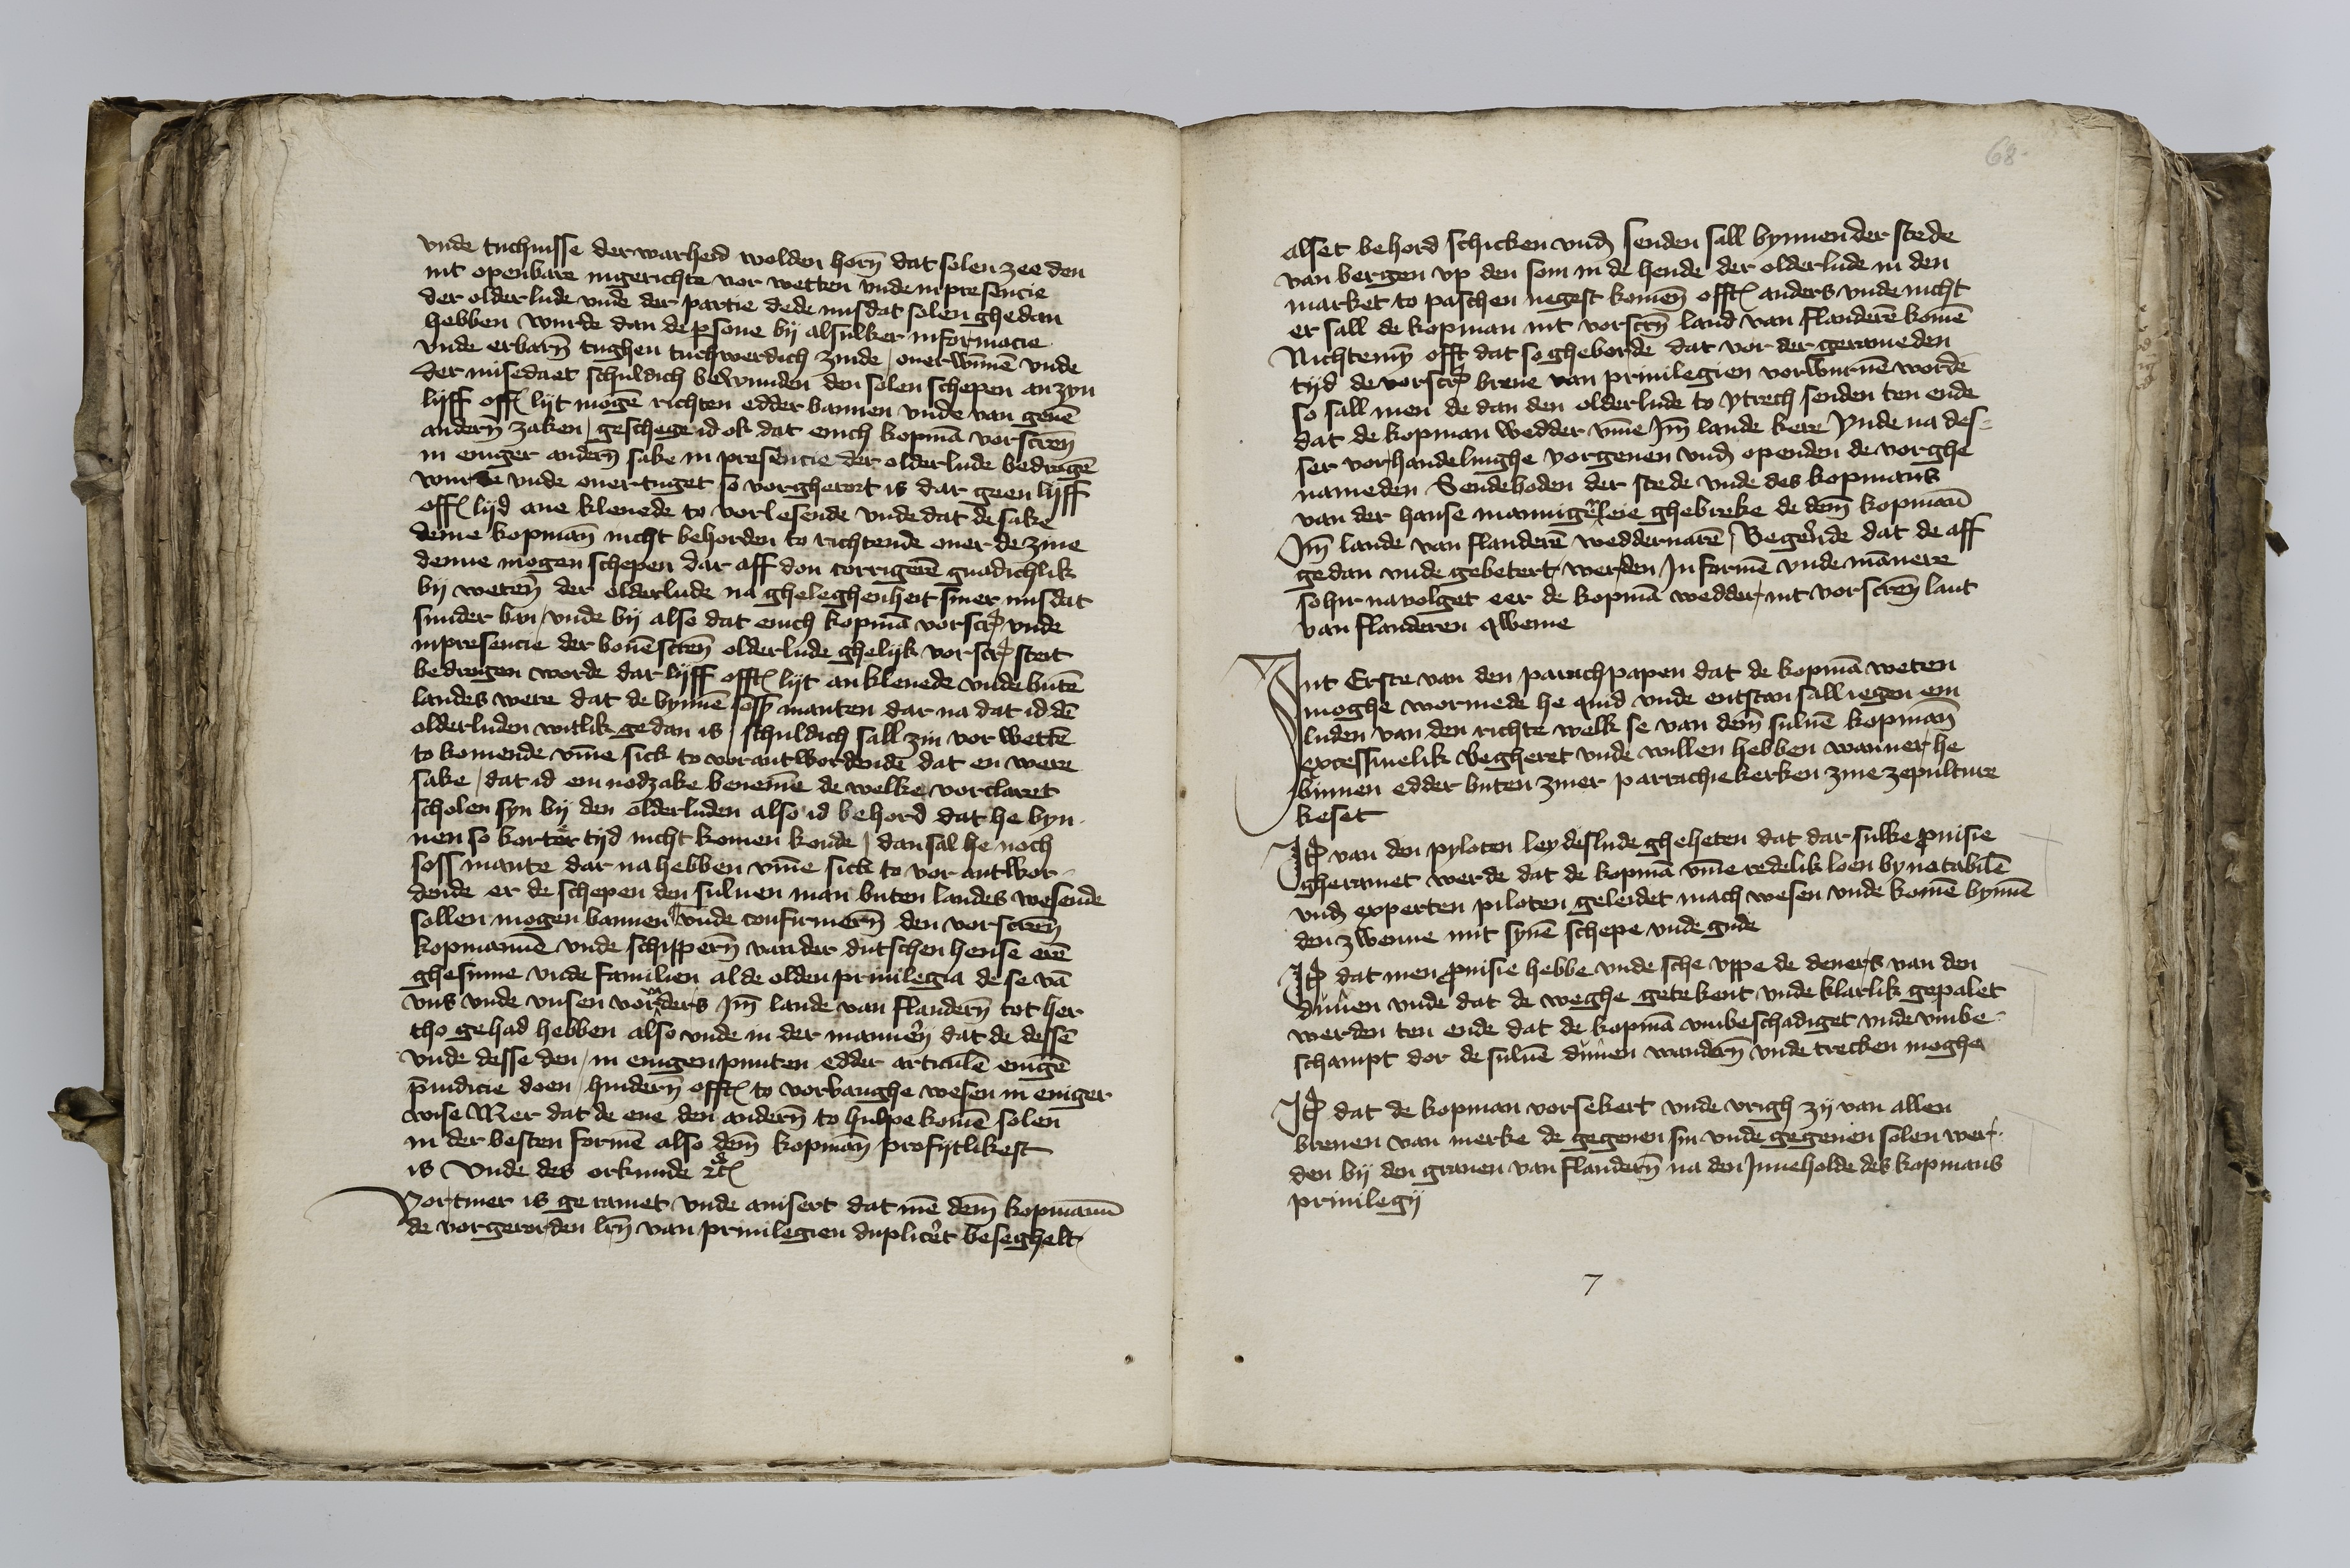
vnde tuchnisse der warheid wolden horen dat solen zee den
mit openbare ingerichte vor wetten vnde in presencie
der olderlude vnde dar partie dede ni dat solen ghedan
hebben wurde dan de persone by alsulker informacie
vnde erbaren tughen tuchwerdich zinde, ouerwunnen vnde
der misedaet schuldich bewunden den solen schepen an zyn
lyff offt lyt mogen richten edder bannen vnde van geuen
anderen zaken, geschege id ok dat enich kopman vorscreuen
in eniger anderen sake in presencie der olderlude bedragen
wurde vnde ouertuget so vorgherort is dar geen lyff
offt lyd ane kleuede to vorlesende vnde dat de sake
deme kopmann nicht behorden to richtende ouer de zine
denne mogen schepen dar aff don corrigeren gnadichlik
by weten der olderlude na gheleghenheit siner misdat
sunder van, vnde by also dat enich kopman vorscreuen vnde
in presencie der bouenscreuenen olderlude ghelyk vorscreuen steit
bedrogen worde dar lyff offtes lyt ankleuede vnde buten
landes were dat de bynnen soss manten dar na dat id den
olderluden witlik gedan is, schuldich sall zin vor wetten
to komende vmme sick to vorantwordende dat en were
sake, dat id em nodzake benemen de welke vorclaret
scholen syn by den olderluden also id behord dat he byn¬
nen so kortor tyd nicht komen konde, dan sal he noch
soss mante dar na hebben vmme sick to vor antwor¬
dende er de schepen den suluen man buten landes wesende
sollen mogen bannen || vnde confirmeren den vorscreuen
kopmannen vnde schipperen van der dutschen hense eren
ghesinne vnde familien alde olden priuilegia de se van
vns vnde vnsen vorvaders Jmm lande van Flanderen tot her
tho gehad hebben also vnde in der mannerey dat de dessen
vnde desse den, in enigen punten edder articulen enigen
preiudicie doen, hindern offtes to vorbanghe wesen in eniger
wise Mer dat de ene den anderen to hulpe kommen solen
in der besten formen also deme kopmanne profytlikest
is vnde des orkunde etcetera.

Vortmer is geramet vnde auisert dat men deme kopmanne
de vorgerorden letteren van priuilegien dupliceret beseghelt

68

alset behord schicken vnd senden sall bynnen der stede
van Bergen vp den Som in de hende der olderlude in den
market to paschen negest komenen offtes anders vnde nicht
er sall de kopman int vorscreuenen land van Flanderen komen
Nichtemyn offt dat so gheborde dat vor der gerameden
tyd de vorscreuen breue van priuilegien vorwuruen worden
so sall men de dan den olderlude to Ytrech senden ten ende
dat de kopman wedder vmme Jmme lande kere vnde na des¬
ser vorhandelinghe vorgeuen vnd openden de vorghe¬
nameden Sendeboden der stede vnde des kopmans
van der hanse maningerleie ghebreke de deme kopmanne
Jmme lande van Flanderen wedderuaren, Begerende dat de aff¬
gedan vnde gebetert werden Jn formen vnde mannere
so hir navolget eer de kopman wedder int vorscreuen lant
van Flanderen qweme.

Jnt Erste van den parachpapen dat de kopman weten
moghe wormede he quid vnde entstan sall iegen em
luden van den richte welk se van deme suluen kopmann
excessiuelik begheret vnde willen hebben wanner he
binnen edder buten ziner parrachiekerken zine zepulture
keset.

Jtem van den pyloten leydeslude gheheten dat dar sulke prouisie
gheramet werde dat de kopman vmme redelik loen by notabilen
vnd experten piloten geleidet mach wesen vnde komen bynnen
den Zwenne mit synen schepe vnde gude.

Jtem dat men prouisie hebbe vnde sche vppe de deners van den
dunen vnde dat de weghe getekent vnde klarlik gepalet
werden ten ende dat de kopman vmbeschadiget vnde vmbe¬
schampt dor de suluen dunen wanderen vnde trecken moghe.

Jtem dat de kopman vorsekert vnde vrigh zy van allen
breuen van merke de gegeuen sin vnde gegeuen solen wer¬
den by den grauen van Flanderen na den Jnneholde des kopmans
priuilegij.